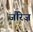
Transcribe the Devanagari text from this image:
जौरेज़